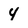
Character: 4